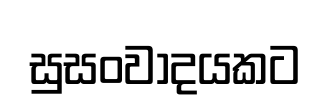
සුසංවාදයකට